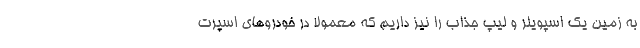
به زمین یک اسپویلر و لیپ جذاب را نیز داریم که معمولا در خودروهای اسپرت